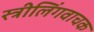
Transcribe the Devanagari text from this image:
स्त्रीलिंगवाचक